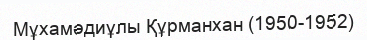
Мұхамәдиұлы Құрманхан (1950-1952)